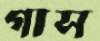
গাস